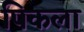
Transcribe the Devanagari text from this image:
पिकला